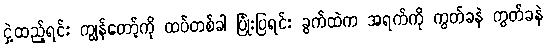
ငှဲ့ထည့်ရင်း ကျွန်တော့်ကို ထပ်တစ်ခါ ပြုံးပြရင်း ခွက်ထဲက အရက်ကို ကွတ်ခနဲ ကွတ်ခနဲ